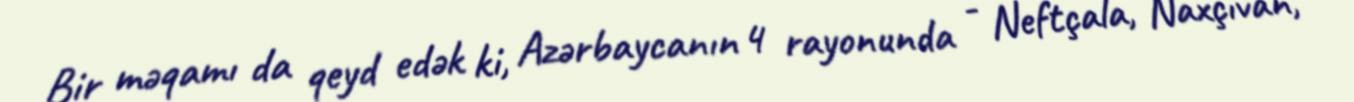
Bir məqamı da qeyd edək ki, Azərbaycanın 4 rayonunda - Neftçala, Naxçıvan,